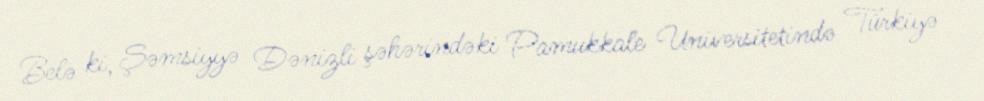
Belə ki, Şəmsiyyə Dənizli şəhərindəki Pamukkale Universitetində Türkiyə